Anatomy and histology of ticks - Number 23
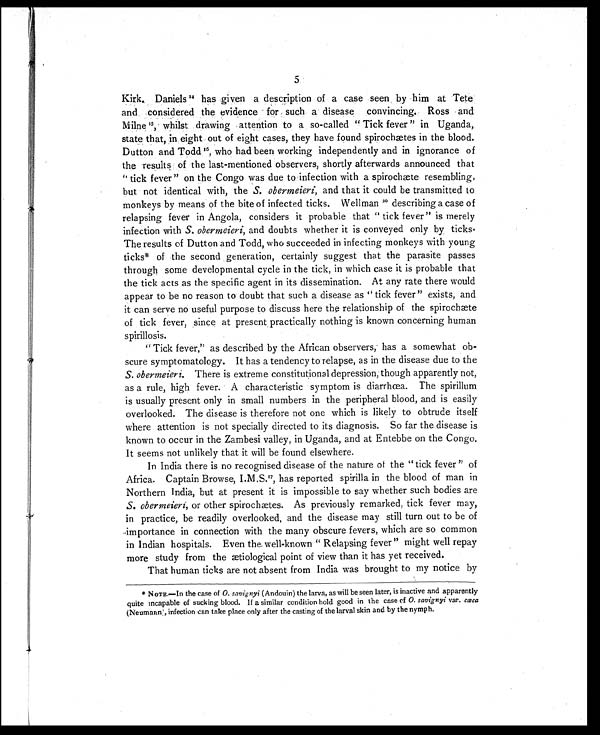
5
Kirk. Daniels14 has given a description of a case seen by him at Tete
and considered the evidence for such a disease convincing. Ross and
Milne 15, whilst drawing attention to a so-called "Tick fever" in Uganda,
state that, in eight out of eight cases, they have found spirochætes in the blood.
Dutton and Todd 16, who had been working independently and in ignorance of
the results of the last-mentioned observers, shortly afterwards announced that
"tick fever" on the Congo was due to infection with a spirochæte resembling,
but not identical with, the S. obermeieri, and that it could be transmitted to
monkeys by means of the bite of infected ticks. Wellman 20 describing a case of
relapsing fever in Angola, considers it probable that "tick fever" is merely
infection with S. obermeieri, and doubts whether it is conveyed only by ticks.
The results of Dutton and Todd, who succeeded in infecting monkeys with young
ticks* of the second generation, certainly suggest that the parasite passes
through some developmental cycle in the tick, in which case it is probable that
the tick acts as the specific agent in its dissemination. At any rate there would
appear to be no reason to doubt that such a disease as "tick fever" exists, and
it can serve no useful purpose to discuss here the relationship of the spirochæte
of tick fever, since at present practically nothing is known concerning human
spirillosis.
"Tick fever," as described by the African observers, has a somewhat ob-
scure symptomatology. It has a tendency to relapse, as in the disease due to the
S. obermeieri. There is extreme constitutional depression, though apparently not,
as a rule, high fever. A characteristic symptom is diarrhœa. The spirillum
is usually present only in small numbers in the peripheral blood, and is easily
overlooked. The disease is therefore not one which is likely to obtrude itself
where attention is not specially directed to its diagnosis. So far the disease is
known to occur in the Zambesi valley, in Uganda, and at Entebbe on the Congo.
It seems not unlikely that it will be found elsewhere.
In India there is no recognised disease of the nature of the "tick fever" of
Africa. Captain Browse, I.M.S. 17, has reported spirilla in the blood of man in
Northern India, but at present it is impossible to say whether such bodies are
S. obermeieri, or other spirochætes. As previously remarked, tick fever may,
in practice, be readily overlooked, and the disease may still turn out to be of
importance in connection with the many obscure fevers, which are so common
in Indian hospitals. Even the well-known "Relapsing fever" might well repay
more study from the ætiological point of view than it has yet received.
That human ticks are not absent from India was brought to my notice by
* NOTE.—In the case of O. savignyi (Andouin) the larva, as will be seen later, is inactive and apparently
quite incapable of sucking blood. If a similar condition hold good in the case of O. savignyi var. cæca
(Neumann), infection can take place only after the casting of the larval skin and by the nymph.